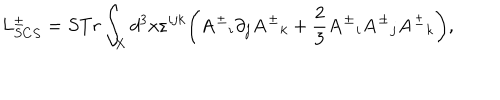
LaTeX: L _ { S C S } ^ { \pm } = S T r \int _ { X } d ^ { 3 } x \varepsilon ^ { i j k } \bigg ( { { \bf A } ^ { \pm } } _ { i } \partial _ { j } { { \bf A } ^ { \pm } } _ { k } + \frac { 2 } { 3 } { { \bf A } ^ { \pm } } _ { i } { { \bf A } ^ { \pm } } _ { j } { { \bf A } ^ { \pm } } _ { k } \bigg ) ,